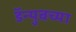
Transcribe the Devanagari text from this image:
डॅन्युबच्या